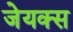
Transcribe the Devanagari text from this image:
जेयक्स